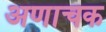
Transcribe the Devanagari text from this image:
अणाचक